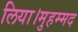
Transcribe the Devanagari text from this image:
लिया।मुहम्मद